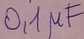
Text: 0,1µF